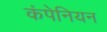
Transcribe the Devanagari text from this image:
कंपेनियन